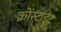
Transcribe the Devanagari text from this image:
क्रोंस्टाड्ट